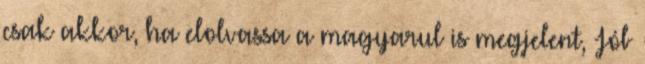
csak akkor, ha elolvassa a magyarul is megjelent, Jób